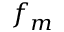
f _ { m }